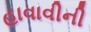
હાવાવીની